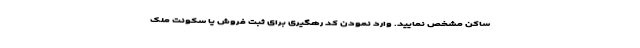
ساکن مشخص نمایید. وارد نمودن کد رهگیری برای ثبت فروش یا سکونت ملک